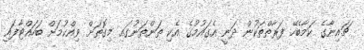
ޗައިނާގެ ކަމާބެހޭ ފަރާތްތަކުން ދަނީ އެގައުމުގެ އެކި ތަންތަނުގައި މިގޮތަށް ވިއްކުމަށް ބަހައްޓާފައި